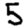
Digit: 5